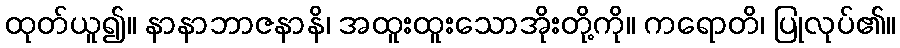
ထုတ်ယူ၍။ နာနာဘာဇနာနိ၊ အထူးထူးသောအိုးတို့ကို။ ကရောတိ၊ ပြုလုပ်၏။